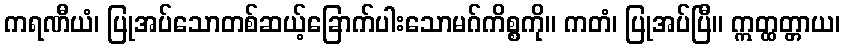
ကရဏီယံ၊ ပြုအပ်သောတစ်ဆယ့်ခြောက်ပါးသောမဂ်ကိစ္စကို။ ကတံ၊ ပြုအပ်ပြီ။ ဣတ္ထတ္တာယ၊